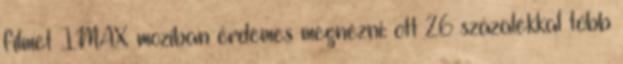
filmet IMAX moziban érdemes megnézni: ott 26 százalékkal több